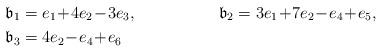
LaTeX: \begin{align*}\mathfrak{b}_1&=e_1\!+\!4e_2\!-\!3e_3,&&\mathfrak{b}_2=3e_1\!+\!7e_2\!-\!e_4\!+\!e_5,\\\mathfrak{b}_3&=4e_2\!-\!e_4\!+\!e_6\end{align*}